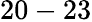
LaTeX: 20-23